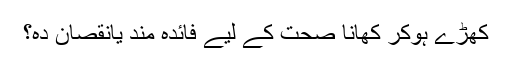
کھڑے ہوکر کھانا صحت کے لیے فائدہ مند یانقصان دہ؟